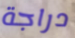
دراجة